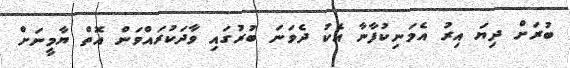
ބުރަށް ދިޔަ އިރު އެމަނިކުފާނާ އެކު ދެވަނަ ބުރުގައި ވާދަކުރައްވަން އޮތް ޔާމީނަށް